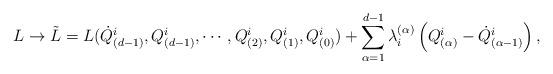
LaTeX: \begin{align*}L\rightarrow\tilde{L}=L(\dot{Q}_{(d-1)}^{i},Q_{(d-1)}^{i},\cdots,Q_{(2)}^{i},Q_{(1)}^{i},Q_{(0)}^{i})+\sum_{\alpha=1}^{d-1}\lambda^{(\alpha)}_{i}\left(Q_{(\alpha)}^{i}-\dot{Q}_{(\alpha-1)}^{i}\right),\end{align*}